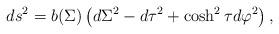
LaTeX: \begin{align*}ds^2=b(\Sigma)\left(d\Sigma^2-d\tau^2+\cosh^2\tau d\varphi^2\right) ,\end{align*}